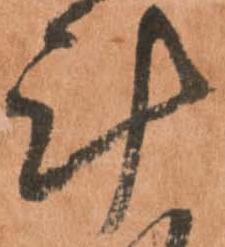
計